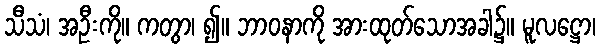
သီသံ၊ အဦးကို။ ကတွာ၊ ၍။ ဘာဝနာကို အားထုတ်သောအခါ၌။ မူလဋ္ဌော၊